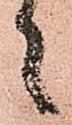
々